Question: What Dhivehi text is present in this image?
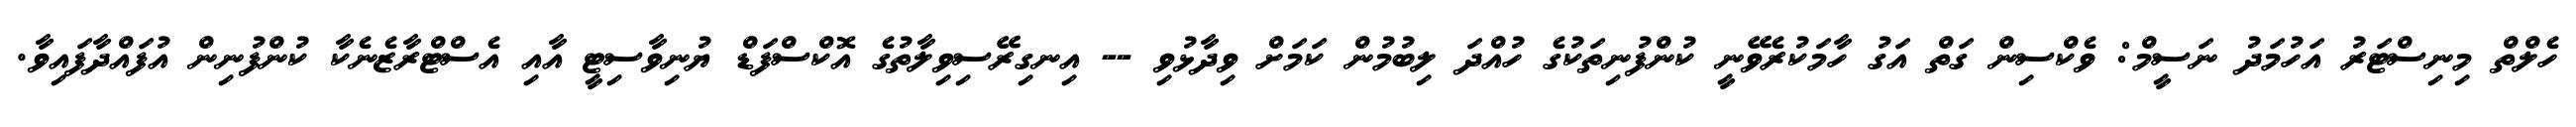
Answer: ހެލްތް މިނިސްޓަރު އަހުމަދު ނަސީމް: ވެކްސިން ގަތް އަގު ހާމަކުރެވޭނީ ކުންފުނިތަކުގެ ހުއްދަ ލިބުމުން ކަމަށް ވިދާޅުވި -- އިނގިރޭސިވިލާތުގެ އޮކްސްފަޑް ޔުނިވާސިޓީ އާއި އެސްޓްރާޒެނެކާ ކުންފުނިން އުފައްދާފައިވާ.